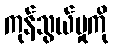
ကုန်သွယ်မှုကို